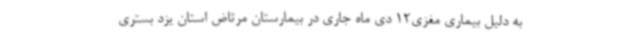
به دلیل بیماری مغزی12 دی ماه جاری در بیمارستان مرتاض استان یزد بستری